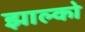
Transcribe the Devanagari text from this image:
झाल्को